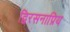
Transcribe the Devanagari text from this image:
द्विरसनाप्रिय